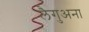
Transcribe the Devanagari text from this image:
लैगुअना